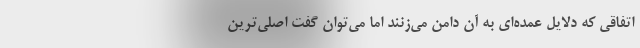
اتفاقی که دلایل عمده‌ای به آن دامن می‌زنند اما می‌توان گفت اصلی‌ترین